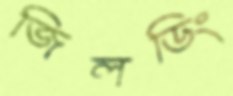
জিলডিং